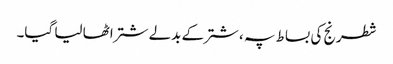
شطرنج کی بساط پہ ، شتر کے بدلے شتر اٹھا لیا گیا۔